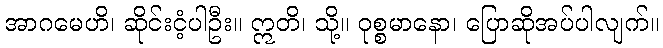
အာဂမေဟိ၊ ဆိုင်းငံ့ပါဦး။ ဣတိ၊ သို့။ ဝုစ္စမာနော၊ ပြောဆိုအပ်ပါလျက်။